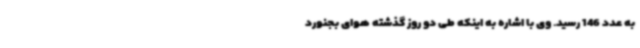
به عدد 146 رسید. وی با اشاره به اینکه طی دو روز گذشته هوای بجنورد